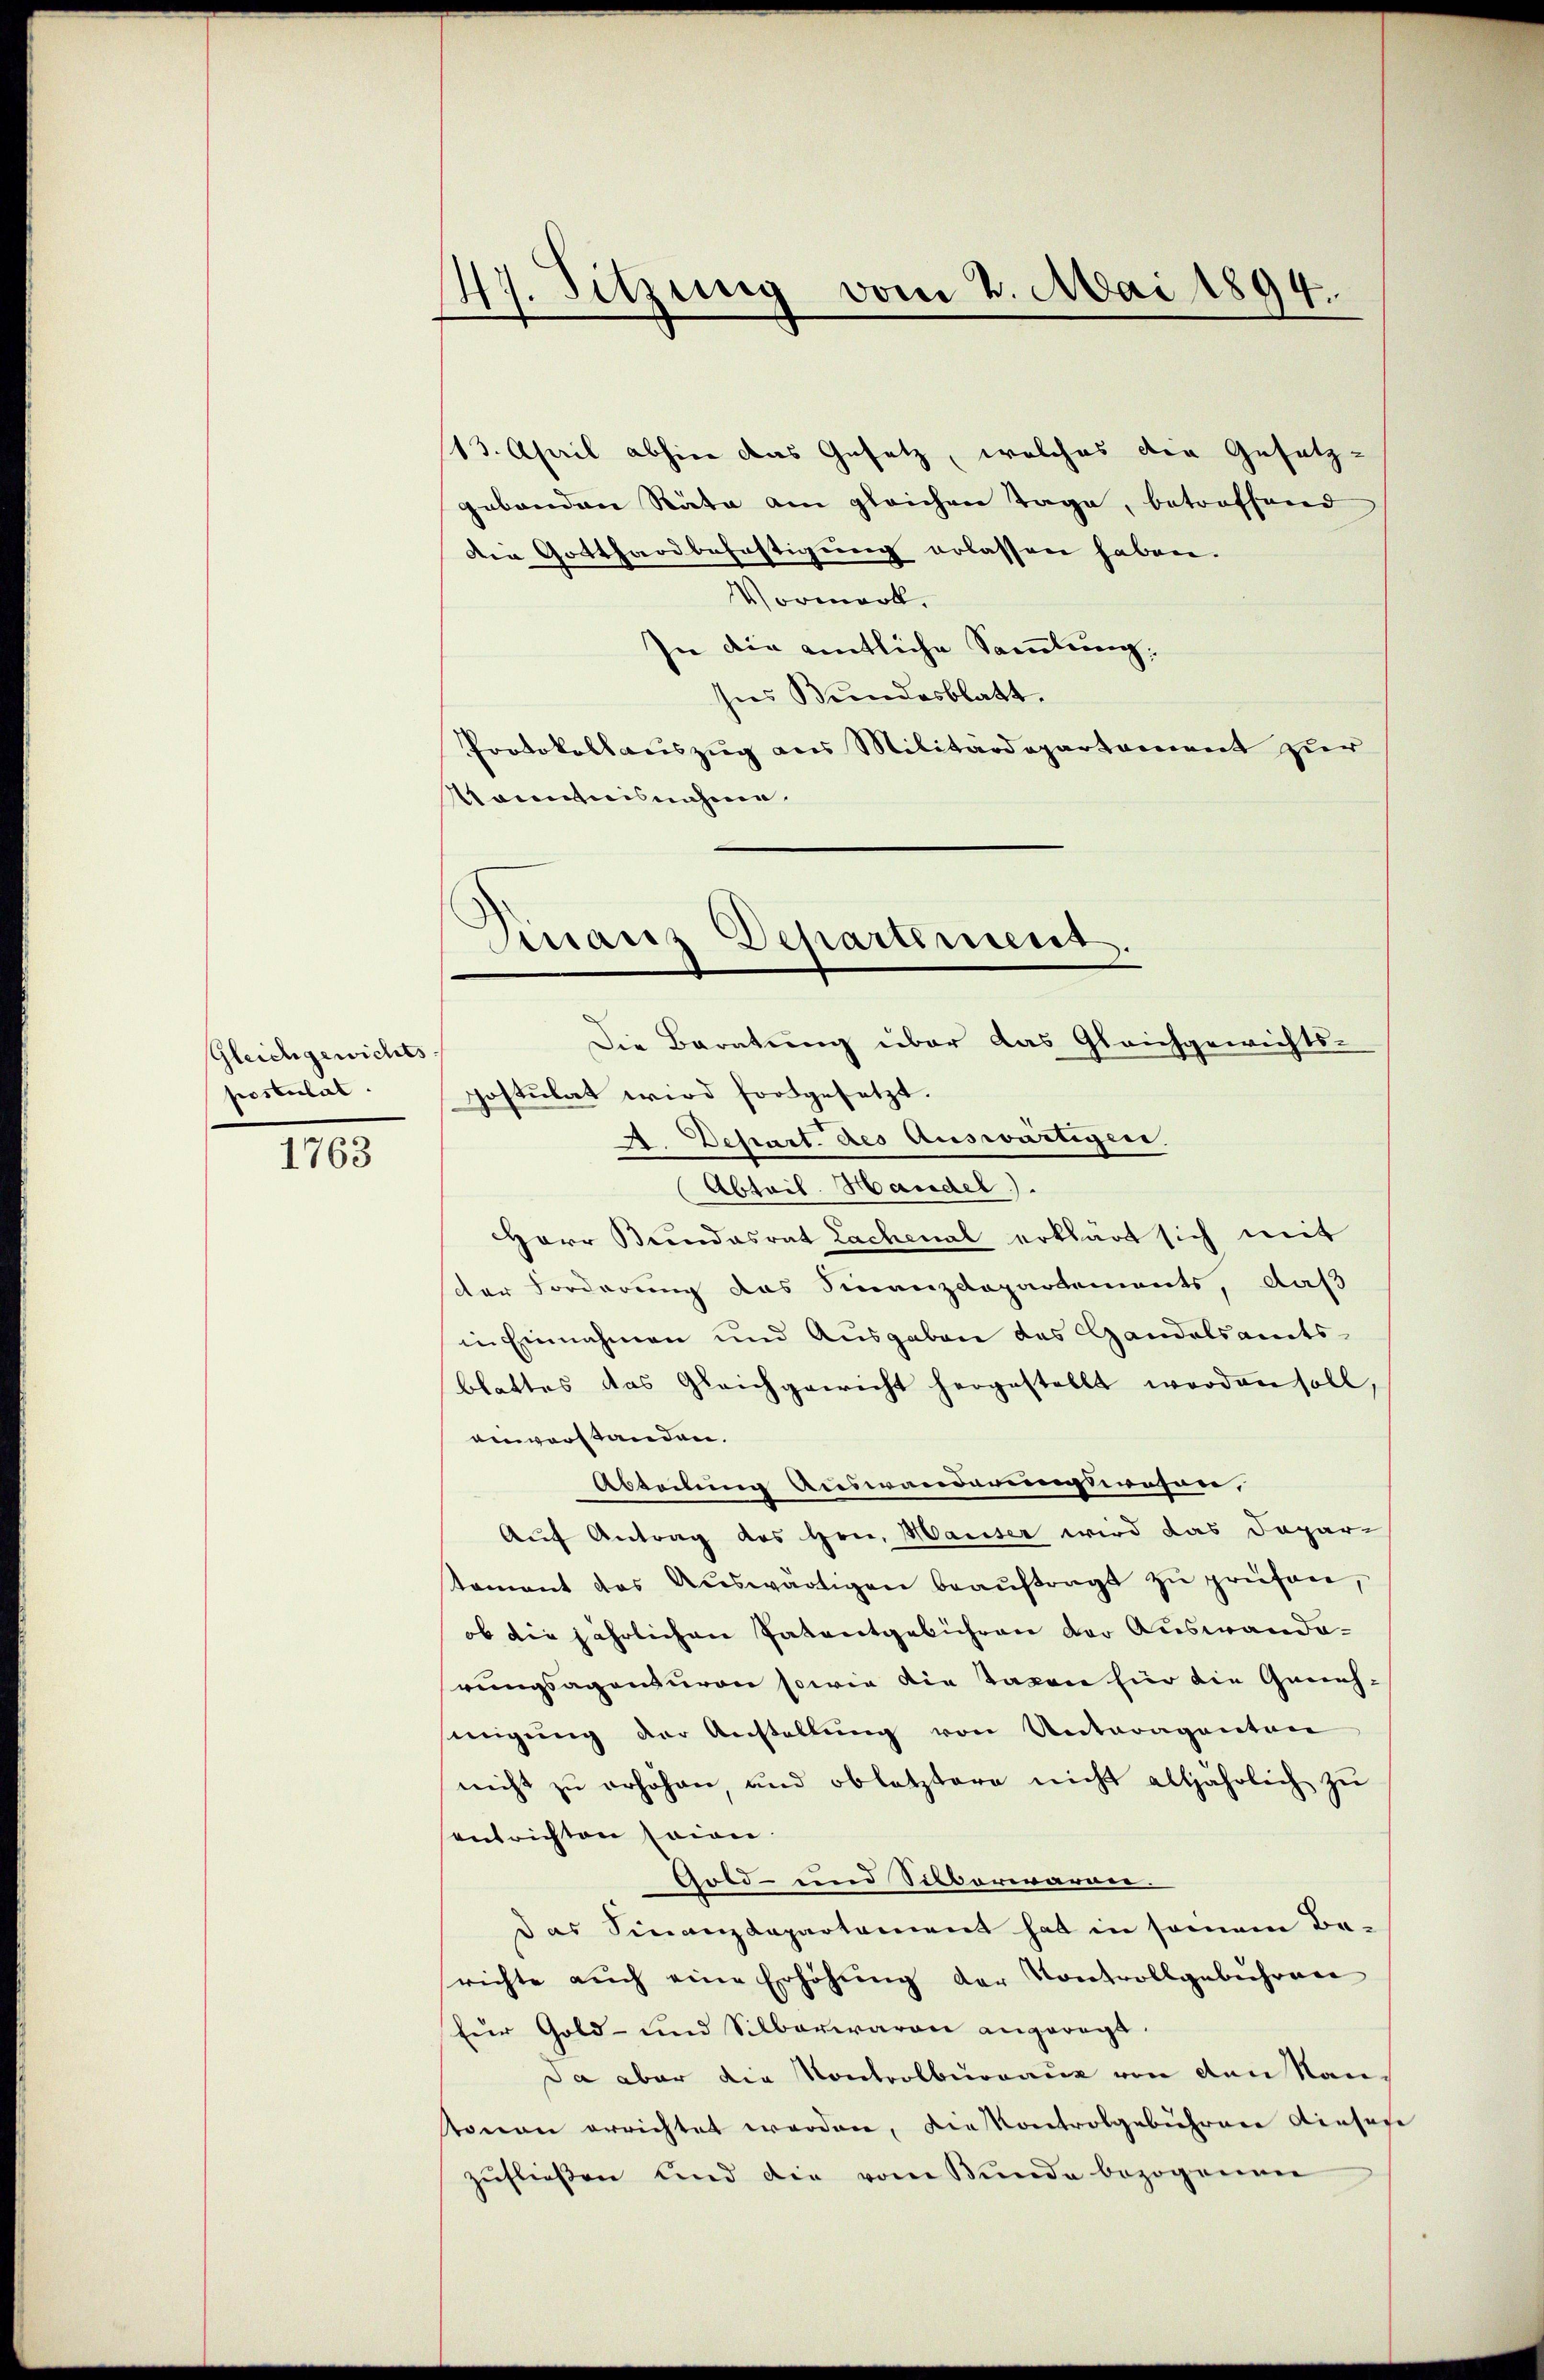
Gleichgewichts.
postulat

1763

47. Sitzung vom 2. Mai 1894.

(13. April abhier das Gesetz, welches den Gesetz-
gebenden Räte am gleichen Tage, betreffend
Die Gotthardbefestigung erlassen haben.
Vormerk.
In die entliche Sammlung,
sies Bundesblatt.
Protokollauszug aus Militärdepartement zur
Kaientnisnahme.
Die Baratung über das Gleichgewichts-
postulat wird fortgesetzt.
A. Depart. des Auswärtigen.
Abteil. Handel).
Herr Bundesrat Lachenal erklärt sich mit
der Forderung das Finanzdepartements, daß
in Einnahmen und Ausgaben des Handelsamts-
blattes das Gleichgewicht hergestellt werden soll,
ainverstanden.
Abteilung Auswanderneusswesen,
Auf Antrag des Hrn. Mauser wird das Dapar-
stament des Aŭswärtigen beaŭftragt zŭ prüfen,
ob die jährlichen Patentgebühren der Auswanderungsagenturen sowie die Taxen für die Genehinigung der Anstellung von Unteragenten
nicht zŭ erhöhen, und obletztere nicht alljährlich zŭ
entrichten seien.
Gold- und Silberwarner.
Das Finanzdepartement hat in seinem Berichte aŭch eine Erhöhŭng der Kontrollgebühren
für Gold- und Silberwaren angeregt.
Da aber die Kontrolbureaux von den Rautonen errichtet worden, die Kontrolgebühren diesese
zufließen und die vom Bunde bezogenen

Finanz Departement.